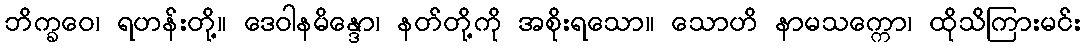
ဘိက္ခဝေ၊ ရဟန်းတို့။ ဒေဝါနမိန္ဒော၊ နတ်တို့ကို အစိုးရသော။ သောဟိ နာမသက္ကော၊ ထိုသိကြားမင်း